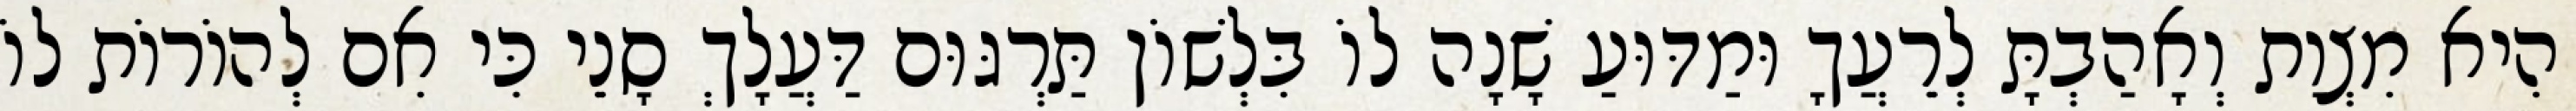
הִיא מִצְוַת וְאָהַבְתָּ לְרֵעֲךָ וּמַדּוּעַ שָׁנָה לוֹ בִּלְשׁוֹן תַּרְגּוּם דַּעֲלָךְ סָנֵי כִּי אִם לְהוֹרוֹת לוֹ